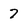
Character: 7